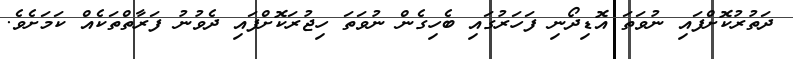
ދަތުރުކޮށްފައި ނުވަތަ އޮޑިދޯނި ފަހަރުގައި ބެހިގެން ނުވަތަ ހިޖުރަކޮށްފައި ދެވުނު ފަރާތްތަކެއް ކަމަށެވެ.